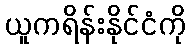
ယူကရိန်းနိုင်ငံကို